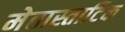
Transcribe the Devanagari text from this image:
मेतास्ताटिक